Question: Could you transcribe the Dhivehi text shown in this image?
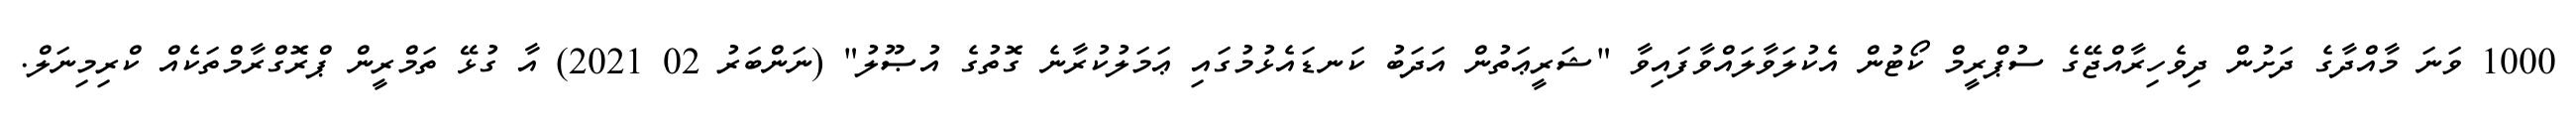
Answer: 1000 ވަނަ މާއްދާގެ ދަށުން ދިވެހިރާއްޖޭގެ ސުޕްރީމް ކޯޓުން އެކުލަވާލައްވާފައިވާ "ޝަރީޢަތުން އަދަބު ކަނޑައެޅުމުގައި ޢަމަލުކުރާނެ ގޮތުގެ އުޞޫލު" (ނަންބަރު 02 2021) އާ ގުޅޭ ތަމްރީން ޕްރޮގްރާމްތަކެއް ކްރިމިނަލް.